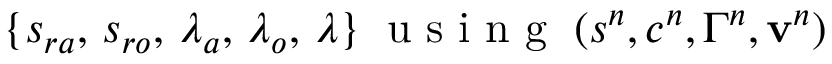
\{ s _ { r a } , \, s _ { r o } , \, \ensuremath { \lambda } _ { a } , \, \ensuremath { \lambda } _ { o } , \, \ensuremath { \lambda } \} \; \mathrm { ~ u ~ s ~ i ~ n ~ g ~ } \; ( s ^ { n } , c ^ { n } , \Gamma ^ { n } , { \bf v } ^ { n } )